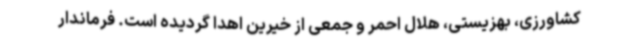
کشاورزی، بهزیستی، هلال احمر و جمعی از خیرین اهدا گردیده است. فرماندار